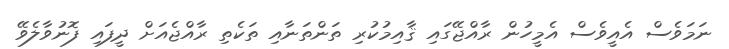
ނަމަވެސް އެއީވެސް އެމީހުން ރާއްޖޭގައި ޤާއިމުކުރި ތަންތަނާއި ތަކެތި ރާއްޖެއަށް ދީފައި ފޮނުވާލެވޭ